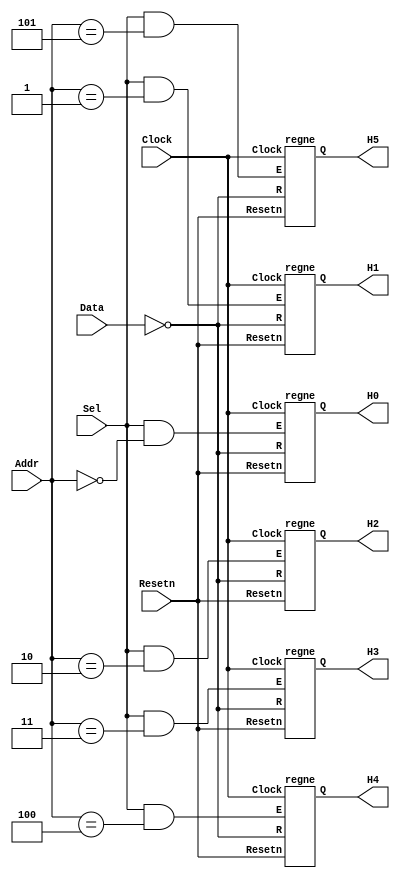
// Data written to registers R0 to R3 are sent to the H digits
module seg7_scroll (Data, Addr, Sel, Resetn, Clock, H5, H4, H3, H2, H1, H0);
	input [6:0] Data;
	input [2:0] Addr;
	input Sel, Resetn, Clock;
	output [6:0] H5, H4, H3, H2, H1, H0;

	wire [6:0] nData;
	wire [6:0] R0, R1, R2, R3, R4, R5;

	assign nData = ~Data;
	regne reg_R0 (nData, Clock, Resetn, Sel & (Addr == 3'b000), R0);
	regne reg_R1 (nData, Clock, Resetn, Sel & (Addr == 3'b001), R1);
	regne reg_R2 (nData, Clock, Resetn, Sel & (Addr == 3'b010), R2);
	regne reg_R3 (nData, Clock, Resetn, Sel & (Addr == 3'b011), R3);
	regne reg_R4 (nData, Clock, Resetn, Sel & (Addr == 3'b100), R4);
	regne reg_R5 (nData, Clock, Resetn, Sel & (Addr == 3'b101), R5);
	
	assign H5 = R5; 
	assign H4 = R4; 
	assign H3 = R3; 
	assign H2 = R2; 
	assign H1 = R1; 
	assign H0 = R0;
	
endmodule

module regne (R, Clock, Resetn, E, Q);
	parameter n = 7;
	input [n-1:0] R;
	input Clock, Resetn, E;
	output [n-1:0] Q;
	reg [n-1:0] Q;	
	
	always @(posedge Clock)
		if (Resetn == 0)
			Q <= {n{1'b0}};
		else if (E)
			Q <= R;
endmodule